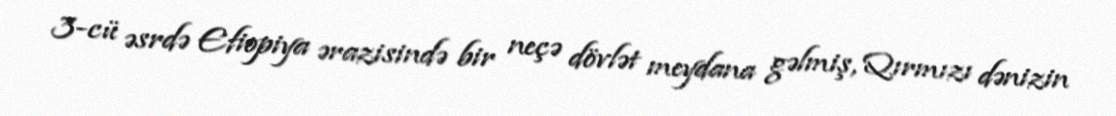
3-cü əsrdə Efiopiya ərazisində bir neçə dövlət meydana gəlmiş, Qırmızı dənizin